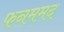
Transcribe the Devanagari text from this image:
फनममद